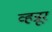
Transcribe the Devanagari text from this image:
व्हन्नूर